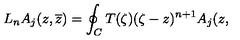
L _ { n } A _ { j } ( z , \overline { { z } } ) = \oint _ { C } T ( \zeta ) ( \zeta - z ) ^ { n + 1 } A _ { j } ( z ,